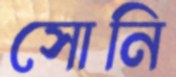
সোনি